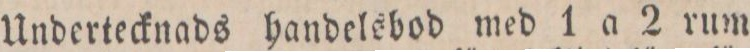
Undertecknads handelsbod med 1 a 2 rum